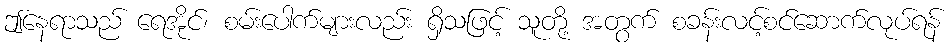
ဤနေရာသည် ရေအိုင်၊ စမ်းပေါက်များလည်း ရှိသဖြင့် သူတို့ အတွက် စခန်းလင့်စင်ဆောက်လုပ်ရန်